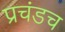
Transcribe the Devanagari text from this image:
प्रचंडच